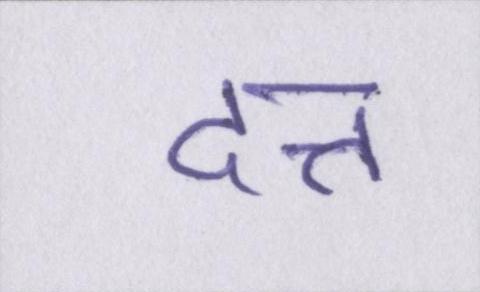
दत्त